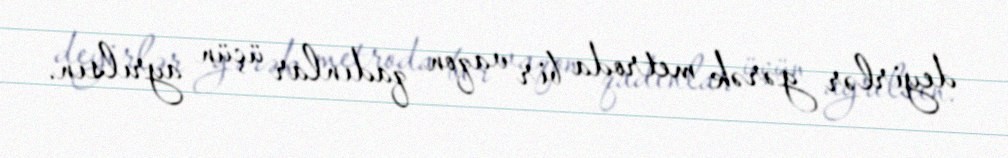
deyirlər gərək metroda bir vaqon qadınlar üçün ayrılsın.